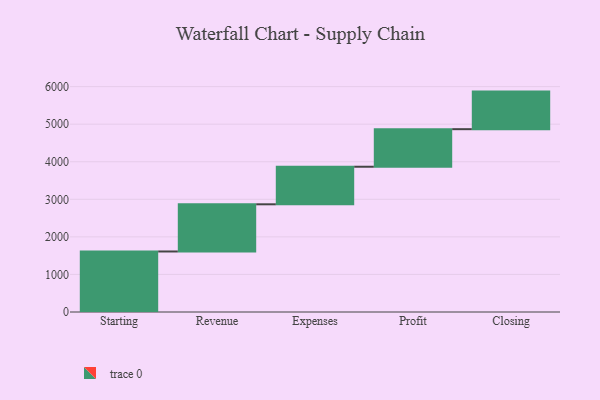
{"axis": {"x": "Step", "y": "Value"}, "legend": [""], "data": [{"x": "Starting", "y": 1611.0, "type": ""}, {"x": "Revenue", "y": 1256.0, "type": ""}, {"x": "Expenses", "y": 1000, "type": ""}, {"x": "Profit", "y": 1000, "type": ""}, {"x": "Closing", "y": 1000, "type": ""}]}